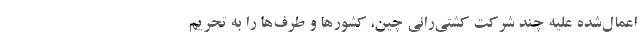
اعمال‌شده علیه چند شرکت کشتی‌رانی چین، کشورها و طرف‌ها را به تحریم